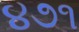
૪૭૧